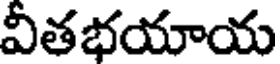
వీతభయాయ